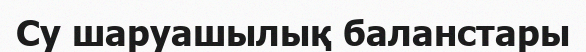
Су шаруашылық баланстары